Report of the Indian Hemp Drugs Commission, 1894-1895 - Volume IV
Year: 1894
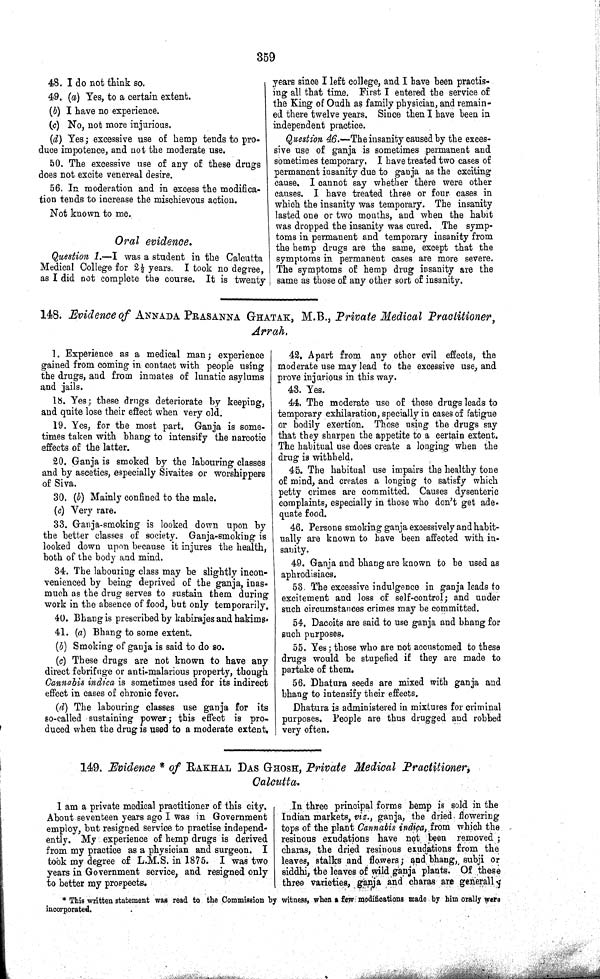
359
48. I do not think so.
49. (a) Yes, to a certain extent.
(b) I have no experience.
(c) No, not more injurious.
(d) Yes; excessive use of hemp tends to pro-
duce impotence, and not the moderate use.
50. The excessive use of any of these drugs
does not excite venereal desire.
56. In moderation and in excess the modifica-
tion tends to increase the mischievous action.
Not known to me.
Oral evidence.
Question 1. —I was a student in the Calcutta
Medical College for 2½ years. I took no degree,
as I did not complete the course. It is twenty
years since I left college, and I have been practis-
ing all that time. First I entered the service of
the King of Oudh as family physician, and remain-
ed there twelve years. Since then I have been in
independent practice.
Question 46.—The insanity caused by the exces-
sive use of ganja is sometimes permanent and
sometimes temporary. I have treated two cases of
permanent insanity due to ganja as the exciting
cause. I cannot say whether there were other
causes. I have treated three or four cases in
which the insanity was temporary. The insanity
lasted one or two months, and when the habit
was dropped the insanity was cured. The symp-
toms in permanent and temporary insanity from
the hemp drugs are the same, except that the
symptoms in permanent cases are more severe.
The symptoms of hemp drug insanity are the
same as those of any other sort of insanity.
148. Evidence of ANNADA PRASANNA GHATAK, M.B., Private Medical Practitioner,
Arrah.
1. Experience as a medical man; experience
gained from coming in contact with people using
the drugs, and from inmates of lunatic asylums
and jails.
18. Yes; these drugs deteriorate by keeping,
and quite lose their effect when very old.
19. Yes, for the most part. Ganja is some-
times taken with bhang to intensify the narcotic
effects of the latter.
20. Ganja is smoked by the labouring classes
and by ascetics, especially Sivaites or worshippers
of Siva.
30. (b) Mainly confined to the male.
(c) Very rare.
33. Ganja-smoking is looked down upon by
the better classes of society. Ganja-smoking is
looked down upon because it injures the health,
both of the body and mind.
34. The labouring class may be slightly incon-
venienced by being deprived of the ganja, inas-
much as the drug serves to sustain them during
work in the absence of food, but only temporarily.
40. Bhang is prescribed by kabirajes and hakims.
41. (a) Bhang to some extent.
(b) Smoking of ganja is said to do so.
(c) These drugs are not known to have any
direct febrifuge or anti-malarious property, though
Cannabis indica is sometimes used for its indirect
effect in cases of chronic fever.
(d) The labouring classes use ganja for its
so-called sustaining power; this effect is pro-
duced when the drug is used to a moderate extent.
42. Apart from any other evil effects, the
moderate use may lead to the excessive use, and
prove injurious in this way.
43. Yes.
44. The moderate use of these drugs leads to
temporary exhilaration, specially in cases of fatigue
or bodily exertion. Those using the drugs say
that they sharpen the appetite to a certain extent.
The habitual use does create a longing when the
drug is withheld.
45. The habitual use impairs the healthy tone
of mind, and creates a longing to satisfy which
petty crimes are committed. Causes dysenteric
complaints, especially in those who don't get ade-
quate food.
46. Persons smoking ganja excessively and habit-
ually are known to have been affected with in-
sanity.
49. Ganja and bhang are known to be used as
aphrodisiacs.
53. The excessive indulgence in ganja leads to
excitement and loss of self-control; and under
such circumstances crimes may be committed.
54. Dacoits are said to use ganja and bhang for
such purposes.
55. Yes; those who are not accustomed to these
drugs would be stupefied if they are made to
partake of them.
56. Dhatura seeds are mixed with ganja and
bhang to intensify their effects.
Dhatura is administered in mixtures for criminal
purposes. People are thus drugged and robbed
very often.
149. Evidence * of RAKHAL DAS GHOSH, Private Medical Practitioner,
Calcutta.
I am a private medical practitioner of this city.
About seventeen years ago I was in Government
employ, but resigned service to practise independ-
ently. My experience of hemp drugs is derived
from my practice as a physician and surgeon. I
took my degree of L.M.S. in 1875. I was two
years in Government service, and resigned only
to better my prospects.
In three principal forms hemp is sold in the
Indian markets, viz., ganja, the dried, flowering
tops of the plant Cannabis indica, from which the
resinous exudations have not been removed;
charas, the dried resinous exudations from the
leaves, stalks and flowers; and bhang, subji or
siddhi, the leaves of wild ganja plants. Of these
three varieties, ganja and charas are generally
* This written statement was read to the Commission by witness, when a few modifications made by him orally were
incorporated.